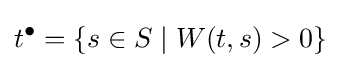
t^{\bullet }=\{s\in S\mid W(t,s)>0\}